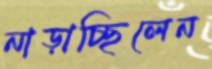
নাড়াচ্ছিলেন